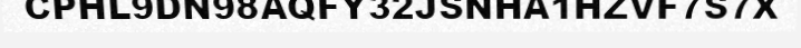
CPHL9DN98AQFY32JSNHA1HZVF7S7X